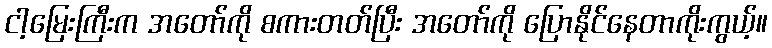
ငါ့မြေးကြီးက အတော်ကို စကားတတ်ပြီး အတော်ကို ပြောနိုင်နေတာကိုးကွယ့်။